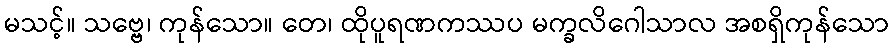
မသင့်။ သဗ္ဗေ၊ ကုန်သော။ တေ၊ ထိုပူရဏကဿပ မက္ခလိဂေါသာလ အစရှိကုန်သော